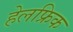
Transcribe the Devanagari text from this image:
हेलफ्रिक